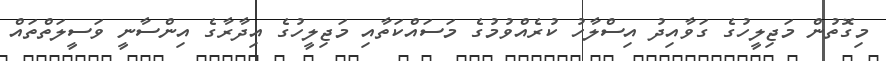
މިގޮތުން މަޖިލީހުގެ ގަވާއިދު އިސްލާހު ކުރެއްވުމުގެ މަސައްކަތާއި މަޖިލީހުގެ އިދާރާގެ އިންސާނީ ވަސީލަތްތައް